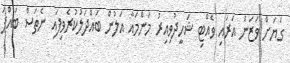
ގަޔަށް ވަޒަން އަރައި ވެއްޓި ޝަހީދުވިއިރު މަންމައާ އަލުން ބައްދަލުކުރެވިފައި ނެތަސް ބައްޕަ